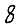
Digit: 8